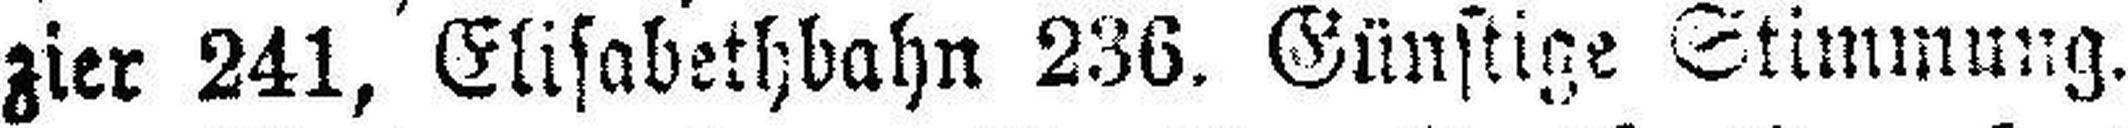
zier 241, Elisabethbahn 236. Günstige Stimmung.